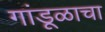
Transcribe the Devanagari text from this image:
गांडूळाचा